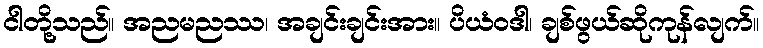
ငါတို့သည်။ အညမညဿ၊ အချင်းချင်းအား။ ပိယံဝဒါ၊ ချစ်ဖွယ်ဆိုကုန်လျက်။